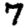
Digit: 7